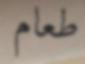
طعام